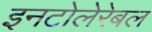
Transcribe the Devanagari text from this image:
इनटोलेरेबल